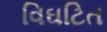
વિઘટિત